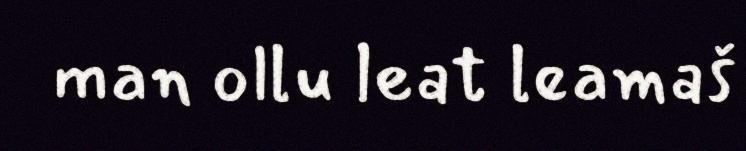
man ollu leat leamaš